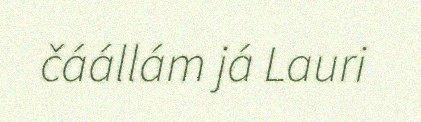
čáállám já Lauri